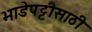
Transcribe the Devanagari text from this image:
भाडेपट्टीसाठी